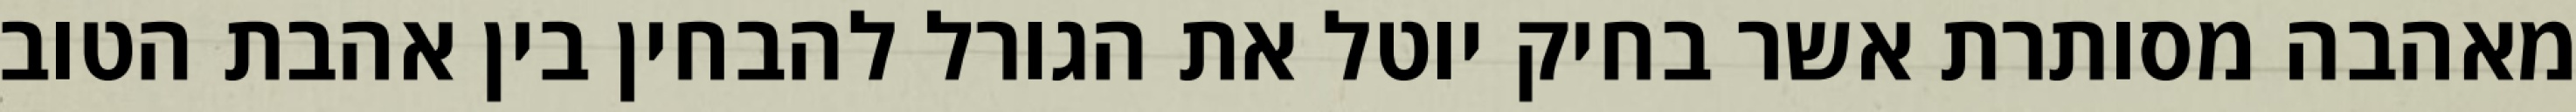
מאהבה מסותרת אשר בחיק יוטל את הגורל להבחין בין אהבת הטוב